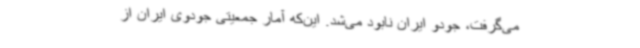
می‌گرفت، جودو ایران نابود می‌شد. این‌که آمار جمعیتی جودوی ایران از